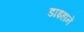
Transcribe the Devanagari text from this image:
डाइहाने